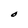
Character: O